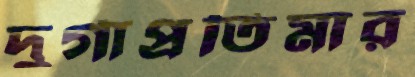
দুর্গাপ্রতিমার